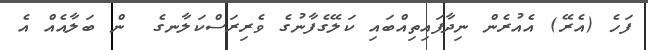
ފަހެ (އެރޭ) އެއުރެން ނިދާފައިތިއްބައި ކަލޭގެފާނުގެ ވެރިރަސްކަލާނގެ  ން ބަލާއެއް އެ